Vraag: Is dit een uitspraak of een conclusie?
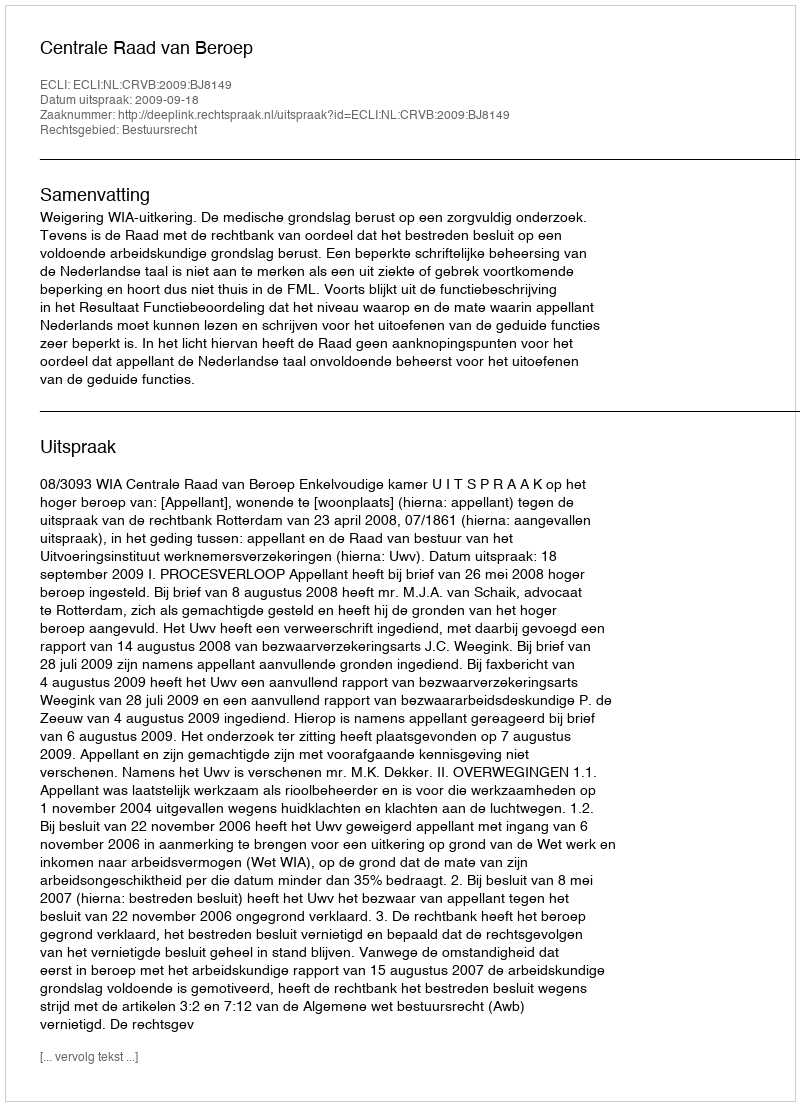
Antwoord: Uitspraak